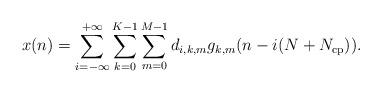
LaTeX: \begin{align*}x(n)=\sum\limits^{+\infty}_{i=-\infty}{\sum\limits^{K-1}_{k=0}{\sum\limits^{M-1}_{m=0}{d_{i,k,m}g_{k,m}(n-i(N+N_{\rm cp}))}}}.\end{align*}